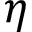
\eta